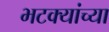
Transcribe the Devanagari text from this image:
भटक्यांच्या